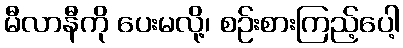
မီလာနီကို ပေးမလို့၊ စဉ်းစားကြည့်ပေါ့